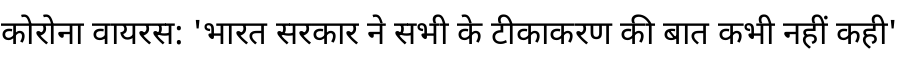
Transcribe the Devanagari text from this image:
कोरोना वायरस: 'भारत सरकार ने सभी के टीकाकरण की बात कभी नहीं कही'